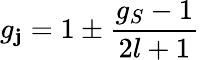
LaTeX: g_{\mathbf{j}}=1\pm{\frac{{g_{S}-1}}{{2l+1}}}